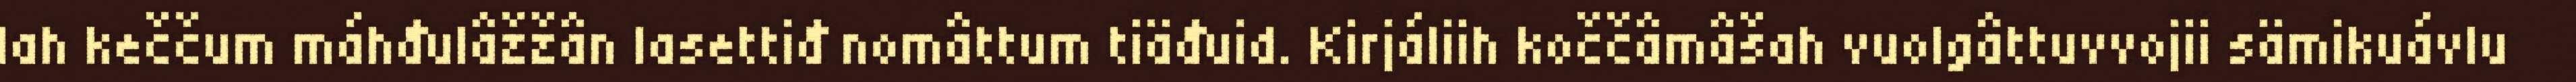
lah keččum máhđulâžžân lasettiđ nomâttum tiäđuid. Kirjáliih koččâmâšah vuolgâttuvvojii sämikuávlu